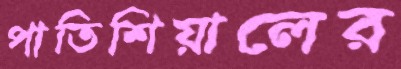
পাতিশিয়ালের